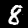
Label: 8